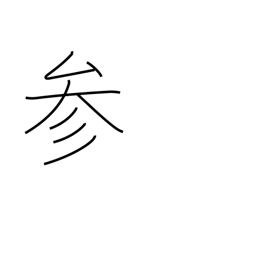
Meaning: be defeated